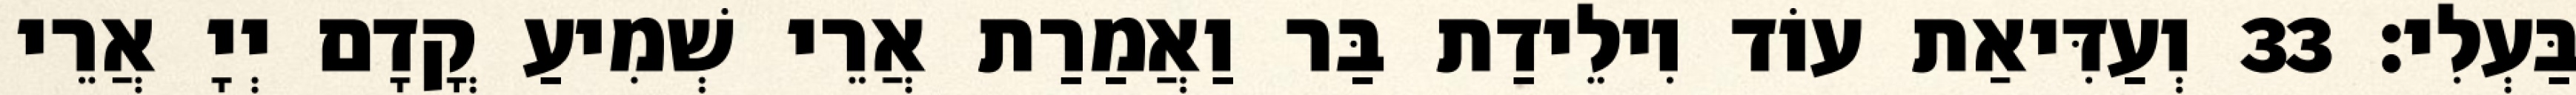
בַּעְלִי׃ 33 וְעַדִּיאַת עוֹד וִילֵידַת בַּר וַאֲמַרַת אֲרֵי שְׁמִיעַ קֳדָם יְיָ אֲרֵי